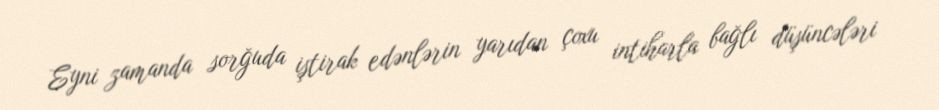
Eyni zamanda sorğuda iştirak edənlərin yarıdan çoxu intiharla bağlı düşüncələri